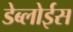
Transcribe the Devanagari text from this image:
डेब्लोईस